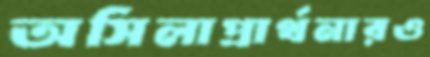
অসিলাপ্রার্থনারও